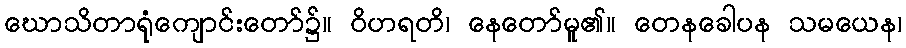
ဃောသိတာရုံကျောင်းတော်၌။ ဝိဟရတိ၊ နေတော်မူ၏။ တေနခေါပန သမယေန၊